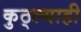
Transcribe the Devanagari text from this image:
कुठ्ल्याही